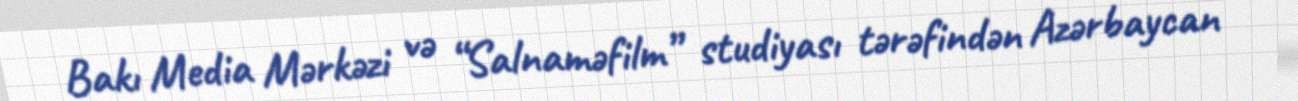
Bakı Media Mərkəzi və “Salnaməfilm” studiyası tərəfindən Azərbaycan